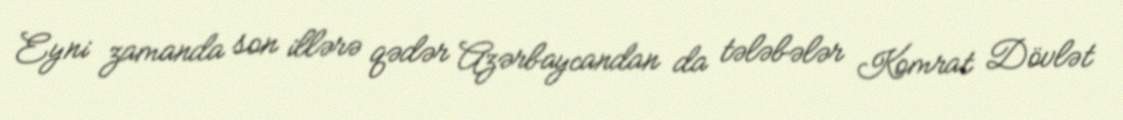
Eyni zamanda son illərə qədər Azərbaycandan da tələbələr Komrat Dövlət